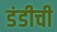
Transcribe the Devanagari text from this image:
डंडीची